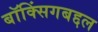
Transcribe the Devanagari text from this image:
बॉक्सिंगबद्दल